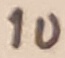
Text: 1u